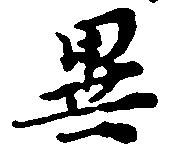
異